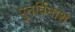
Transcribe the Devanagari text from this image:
पुनर्विनाश